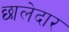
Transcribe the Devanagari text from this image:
छालेदार